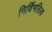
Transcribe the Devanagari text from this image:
निर्विभक्तिक